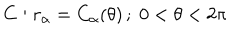
C : r _ { \alpha } = C _ { \alpha } ( \theta ) \, ; \; 0 < \theta < 2 \pi